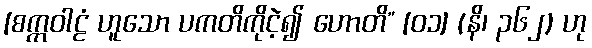
[စက္ကဝါဠံ ဟူသော ပကတိကိုငဲ့၍ ဟောတိ” [၀၁] (နိ၊ ၃၆၂) ဟု